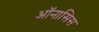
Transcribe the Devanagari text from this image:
ऑनासिस